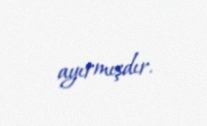
ayırmışdır.